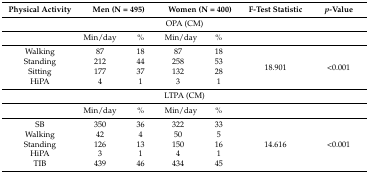
<table><thead><tr><td><b>Physical Activity</b></td><td colspan="2"><b>Men (N = 495)</b></td><td colspan="2"><b>Women (N = 400)</b></td><td><b>F-Test Statistic</b></td><td><b><i>p</i>-Value</b></td></tr></thead><tbody><tr><td colspan="7">OPA (CM)</td></tr><tr><td></td><td>Min/day</td><td>%</td><td>Min/day</td><td>%</td><td></td><td></td></tr><tr><td>Walking</td><td>87</td><td>18</td><td>87</td><td>18</td><td rowspan="4">18.901</td><td rowspan="4">&lt;0.001</td></tr><tr><td>Standing</td><td>212</td><td>44</td><td>258</td><td>53</td></tr><tr><td>Sitting</td><td>177</td><td>37</td><td>132</td><td>28</td></tr><tr><td>HiPA</td><td>4</td><td>1</td><td>3</td><td>1</td></tr><tr><td colspan="7">LTPA (CM)</td></tr><tr><td></td><td>Min/day</td><td>%</td><td>Min/day</td><td>%</td><td></td><td></td></tr><tr><td>SB</td><td>350</td><td>36</td><td>322</td><td>33</td><td rowspan="5">14.616</td><td rowspan="5">&lt;0.001</td></tr><tr><td>Walking</td><td>42</td><td>4</td><td>50</td><td>5</td></tr><tr><td>Standing</td><td>126</td><td>13</td><td>150</td><td>16</td></tr><tr><td>HiPA</td><td>3</td><td>1</td><td>4</td><td>1</td></tr><tr><td>TIB</td><td>439</td><td>46</td><td>434</td><td>45</td></tr></tbody></table>